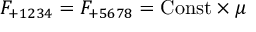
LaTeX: F _ { + 1 2 3 4 } = F _ { + 5 6 7 8 } = \mathrm { C o n s t } \times \mu